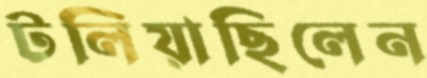
টলিয়াছিলেন